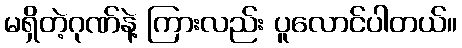
မရှိတဲ့ဂုဏ်နဲ့ ကြားလည်း ပူလောင်ပါတယ်။